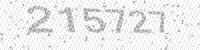
Solution: 215727